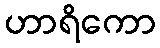
ဟာရိကော